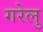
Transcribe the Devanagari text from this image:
गरेलु